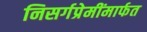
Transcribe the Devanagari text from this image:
निसर्गप्रेमींमार्फत